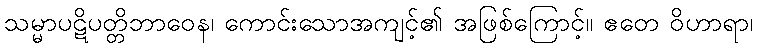
သမ္မာပဋိပတ္တိဘာဝေန၊ ကောင်းသောအကျင့်၏ အဖြစ်ကြောင့်။ ဧတေ ဝိဟာရာ၊